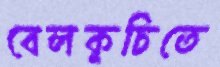
বেলকুচিতে